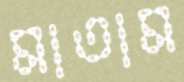
মাতাম